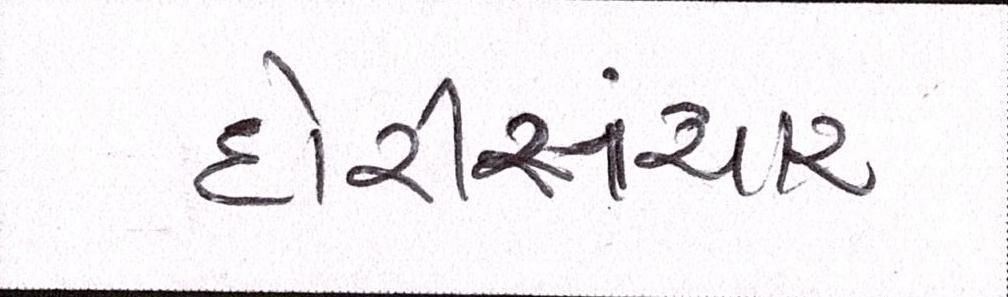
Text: દોરીસંચાર